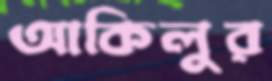
আকিলুর